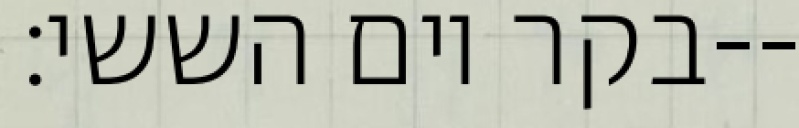
בקר יום הששי׃--